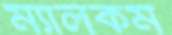
ম্যালকম